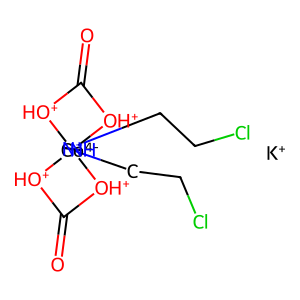
SMILES: O=C1[OH+][Co-4]23(NCC[N+]2(CCCl)CCCl)([OH+]1)[OH+]C(=O)[OH+]3.[K+]
Inhibits HIV replication: No